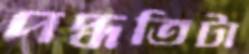
পদ্ধতিটা